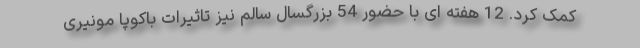
کمک کرد. 12 هفته ای با حضور 54 بزرگسال سالم نیز تاثیرات باکوپا مونیری